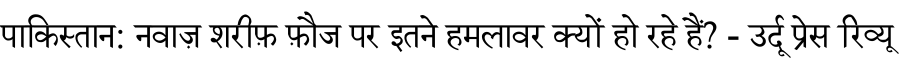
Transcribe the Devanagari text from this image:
पाकिस्तान: नवाज़ शरीफ़ फ़ौज पर इतने हमलावर क्यों हो रहे हैं? - उर्दू प्रेस रिव्यू